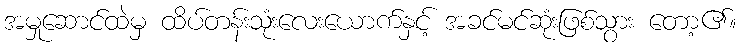
အမှုဆောင်ထဲမှ ထိပ်တန်းသုံးလေးယောက်နှင့် အခင်မင်ဆုံးဖြစ်သွား တော့၏။